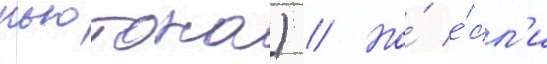
ньютона) // Но́ е́сл'и